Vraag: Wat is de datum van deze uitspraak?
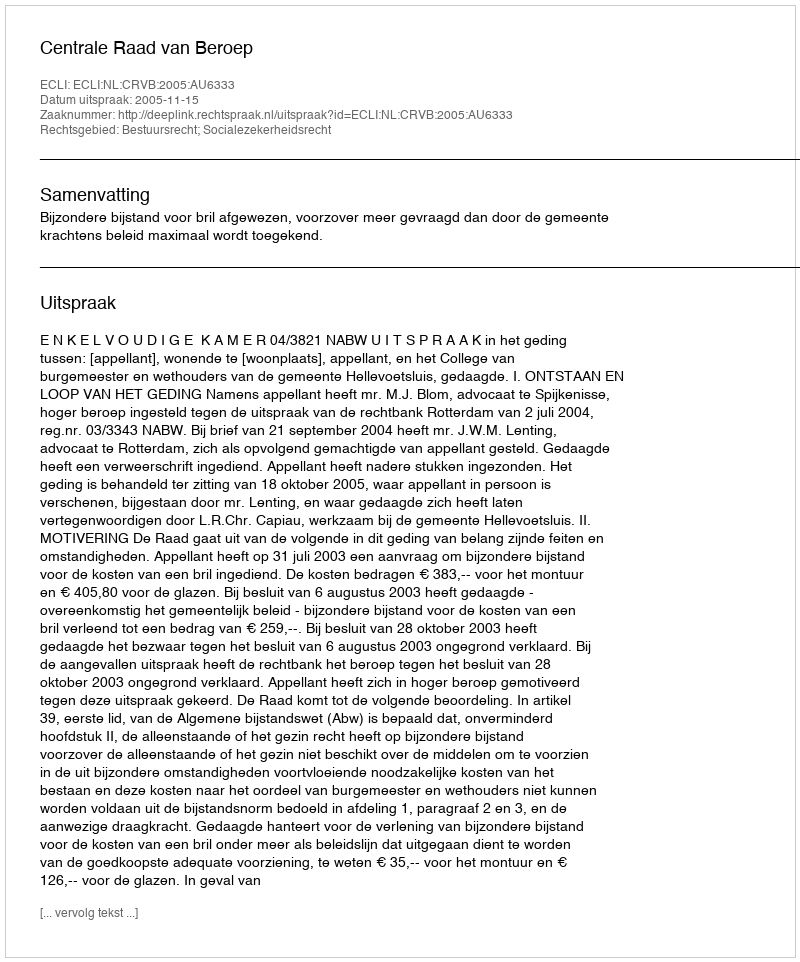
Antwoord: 2005-11-15